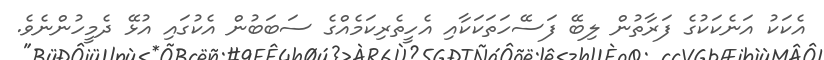
އެކަކު އަނެކަކުގެ ފަރާތުން ލިބޭ ފަސޭހަތަކަކާއި އެހީތެރިކަމެއްގެ ސަބަބުން އެކުގައި އުޅޭ ދެމީހުންނެވެ.